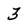
Character: 3